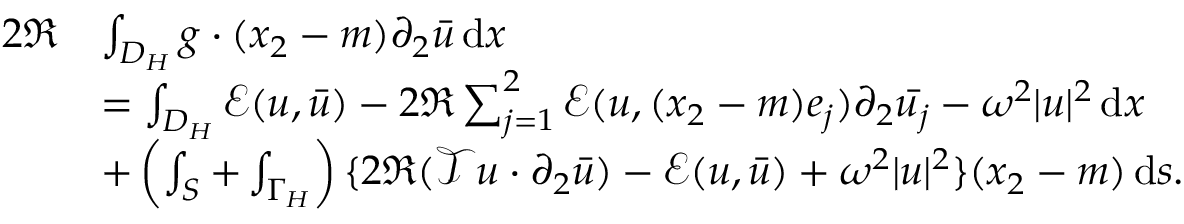
\begin{array} { r l } { 2 \Re } & { \int _ { D _ { H } } g \cdot ( x _ { 2 } - m ) \partial _ { 2 } \bar { u } \, \mathrm { d } x } \\ & { = \int _ { D _ { H } } \mathcal { E } ( u , \bar { u } ) - 2 \Re \sum _ { j = 1 } ^ { 2 } \mathcal { E } ( u , ( x _ { 2 } - m ) e _ { j } ) \partial _ { 2 } \bar { u _ { j } } - \omega ^ { 2 } | u | ^ { 2 } \, \mathrm { d } x } \\ & { + \left( \int _ { S } + \int _ { \Gamma _ { H } } \right) \{ 2 \Re ( \mathcal { T } u \cdot \partial _ { 2 } \bar { u } ) - \mathcal { E } ( u , \bar { u } ) + \omega ^ { 2 } | u | ^ { 2 } \} ( x _ { 2 } - m ) \, \mathrm { d } s . } \end{array}